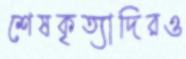
শেষকৃত্যাদিরও